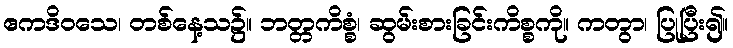
ဧကဒိဝသေ၊ တစ်နေ့သ၌။ ဘတ္တကိစ္စံ၊ ဆွမ်းစားခြင်းကိစ္စကို။ ကတွာ၊ ပြုပြီး၍။